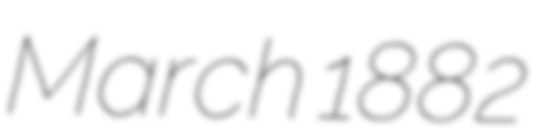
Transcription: March 1882